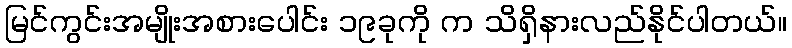
မြင်ကွင်းအမျိုးအစားပေါင်း ၁၉ခုကို က သိရှိနားလည်နိုင်ပါတယ်။